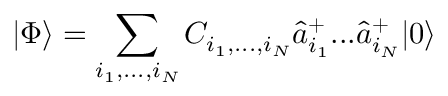
| \Phi \rangle = \sum _ { i _ { 1 } , . . . , i _ { N } } C _ { i _ { 1 } , . . . , i _ { N } } \hat { a } _ { i _ { 1 } } ^ { + } . . . \hat { a } _ { i _ { N } } ^ { + } | 0 \rangle